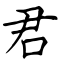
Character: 君